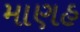
માણહ